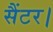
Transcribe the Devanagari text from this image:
सैंटर।